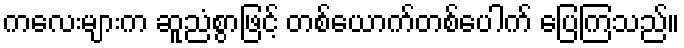
ကလေးများက ဆူညံစွာဖြင့် တစ်ယောက်တစ်ပေါက် ပြေကြသည်။